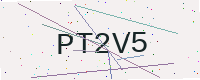
Text: PT2V5